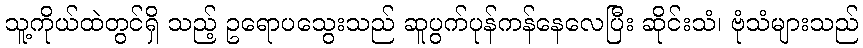
သူ့ကိုယ်ထဲတွင်ရှိ သည့် ဥရောပသွေးသည် ဆူပွက်ပုန်ကန်နေလေပြီး ဆိုင်းသံ၊ ဗုံသံများသည်